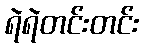
ရဲရဲတင်းတင်း